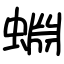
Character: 蜵